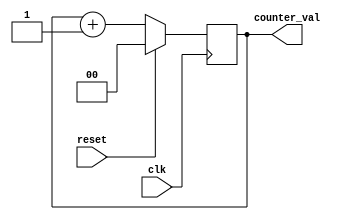
module counter_column(
    input wire clk,
    input wire reset,
    output wire [1:0] counter_val
);

reg [1:0] counter;

initial begin
  counter <= 2'b0;
end


  always @(posedge clk) begin

        if(!reset)begin
            counter <= counter + 2'b1;
        end else begin
            counter <= 2'b0;
        end
          



  end

  assign counter_val = counter;


endmodule